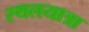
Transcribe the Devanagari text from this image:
स्थलयात्रा